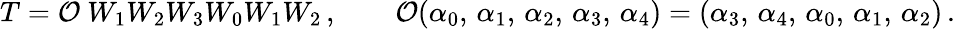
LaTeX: T={\cal O}~W_{1}W_{2}W_{3}W_{0}W_{1}W_{2}\, ,\qquad{\cal O}(\alpha_{0},\, \alpha_{1},\, \alpha_{2},\, \alpha_{3},\, \alpha_{4})=(\alpha_{3},\, \alpha_{4},\, \alpha_{0},\, \alpha_{1},\, \alpha_{2})\, .